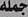
جملة